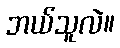
ဘယ်သူလဲ။